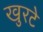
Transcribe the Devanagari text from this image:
खुरटे